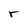
Character: r